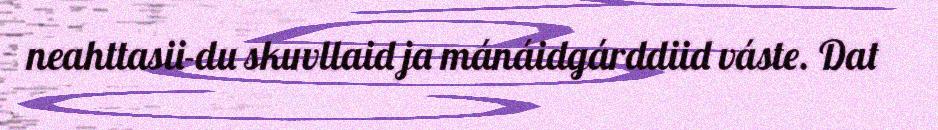
neahttasii-du skuvllaid ja mánáidgárddiid váste. Dat